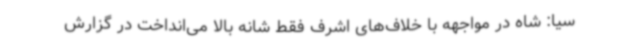
‌سیا: شاه در مواجهه با خلاف‌های اشرف فقط شانه بالا می‌انداخت در گزارش